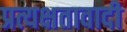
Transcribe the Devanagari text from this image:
प्रत्यक्षतावादी